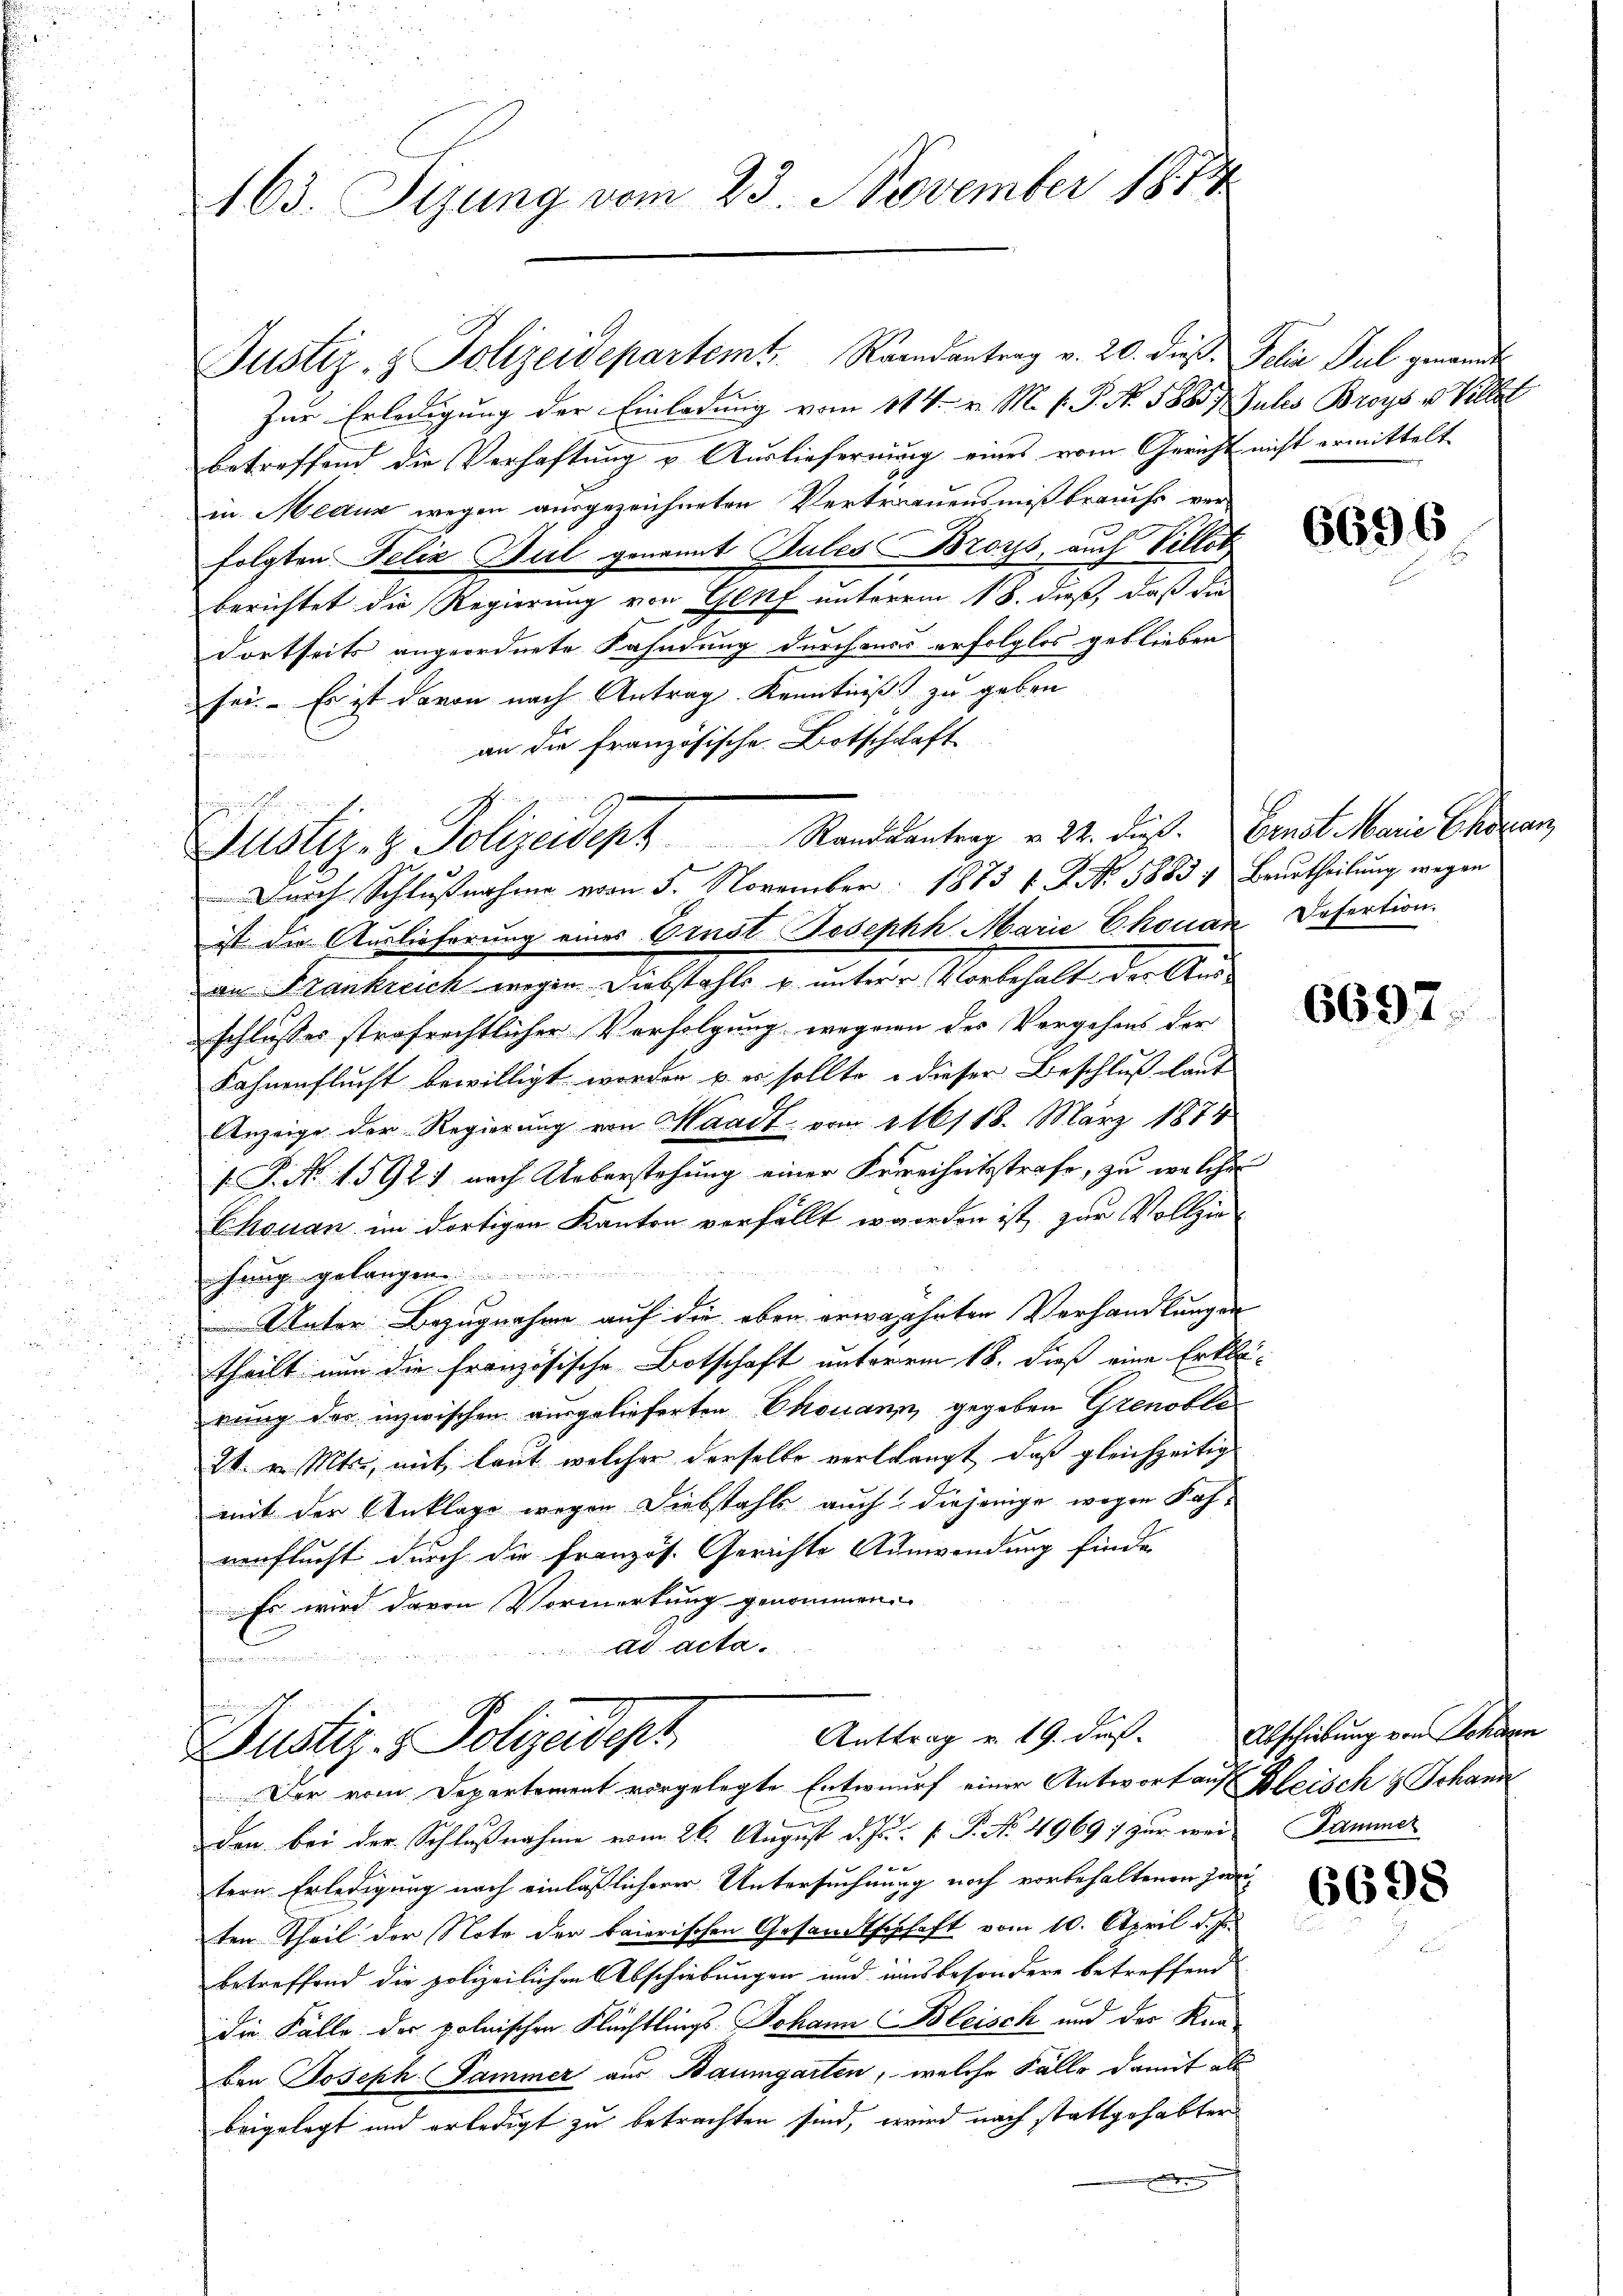
163. Sizung vom 23. November 1874

.

Justiz- & Polizeidepartemt. Raandantrag v. 20. dieß. Felix Jul genannt
Zur Erledigung der Einladung vom 114. v. M. s. S. No. 58857 Julis Broys v. Villet
betreffend die Verhaftung u. Ausliefernung eines vom Gericht nicht ermittelt.
un. Medur wegen ausgezeichneten Vertrauensmißbrauchs verfolgten Felix Bul genannt PulesBroys, auch Villet
berichtet die Regierung von Genf unterm 18. dieß, daß die
dortseits angeordnete Fahndung durchmas erfolglos geblieben
sei. Es ist davon nach Antrag Kenntniß zu geben
an die französische Botschaft
Durch Schlußnahme vom 5. November 1873 f. P. Nr. 5883; Beurtheilung wegen
ist die Auslieferung eines Einst Joseph Marie Chouan Defertion.
an Frankreich wegen Diebstahls u. unterer Vorbehalt der Aus-
schlusses strafrechtlicher Verfolgung wegenen der Vergehens der
Fahnenflucht bewilligt worden u. es sollte u dieser Beschluß laut
Anzeige der Regierung von Waadt vom 116118. März 1874
1. P. Nr. 15921 nach Ueberstehung einer Freiheitsstrafe, zu welche
Chouan im dortigen Kanton verfällt worden ist, zur Vollzieihung gelangen
Unter Bezugnahme auf die eben erwähnten Verhandlungen
theilt nun die Französische Botschaft unterm 18. dieß eine Erklärung der inzwischen ausgelieferten Chouann, gegeben Grenoble
24. v. Mts., mit laut welcher derselbe verlangt, daß gleichzeitig
mit der Anklage wegen Diebstahls auch diejenige wegen Fahueuflucht durch die französ. Gerichte Auswendung finde
Es wird davon Vormerkung genommen

Justiz- & Polizeidept. Stand kantrag v. 24. dieß. Ernst keine Schran

Anttrag v. 19. dieß.
Justiz- & Polizeidept
Der vom Departement vorgelegte Entwurf einer Antwort auf Bleisch & Johann

den bei der Schlußnahme vom 26. August d. Js. f. P. No. 4969; zur wei Kammer
tern Erledigung nach einläßlicherer Untersuchnung noch vorbehaltenen Zweiten Theil der Note der baierischen Gesandtschhaft vom 10. April d. Js.
betreffend die polizeilichen Abschiebungen und insbesondere betreffend
die Fälle der polnischen Flüchtlings Johann Bleisch und des Knaben Joseph Sammer aus Baumgarten, welche Fälle damit als
beigelegt und erledigt zu betrachten sind, wird nach stattgehabter

6696

6697

Abscheibung von Sehnen

6698